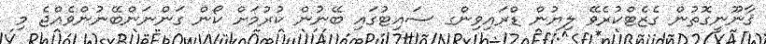
ޤާނޫނީގޮތުން ގެޒެޓްކުރެވޭ ލިޔުން ޑްރައިވިންގ ސައިޓުގައި ބޭނުން ކުރުމަށް ކޯން ގަންނަންބޭނުންވެއްޖެ މި